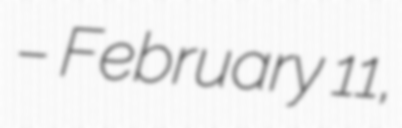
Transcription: – February 11,